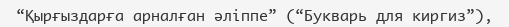
“Қырғыздарға арналған әліппе” (“Букварь для киргиз”),